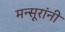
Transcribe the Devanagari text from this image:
मन्सूरांनी